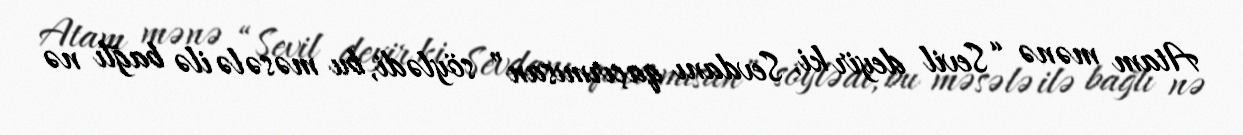
Atam mənə “Sevil deyir ki, Sevdanı qaçırmısan” söylədi, bu məsələ ilə bağlı nə